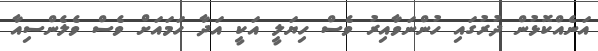
އަނެއްކޮޅުން ދުރުގައި ހުންނަވާއިރު ވެސް ހިޔަލީ އަކީ އަދާ ހަމައަށް ވެސް ވެލެންސިއާ